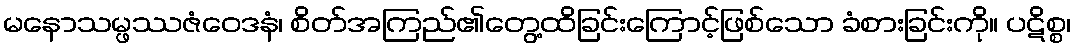
မနောသမ္ဖဿဇံဝေဒနံ၊ စိတ်အကြည်၏တွေ့ထိခြင်းကြောင့်ဖြစ်သော ခံစားခြင်းကို။ ပဋိစ္စ၊